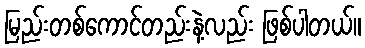
မြည်းတစ်ကောင်တည်းနဲ့လည်း ဖြစ်ပါတယ်။